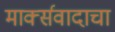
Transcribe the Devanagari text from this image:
मार्क्‍सवादाचा